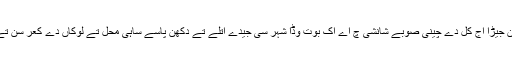
لیندے ہان دا راجکعر چانگ ان جیڑا اج کل دے چینی صوبے شانشی چ اے اک بوت وڈا شہر سی جیدے اتلے تے دکھن پاسے ساہی محل تے لوکاں دے کعر سن تے شہر وچ دو وڈے بازار سن۔